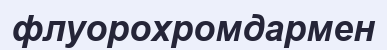
флуорохромдармен